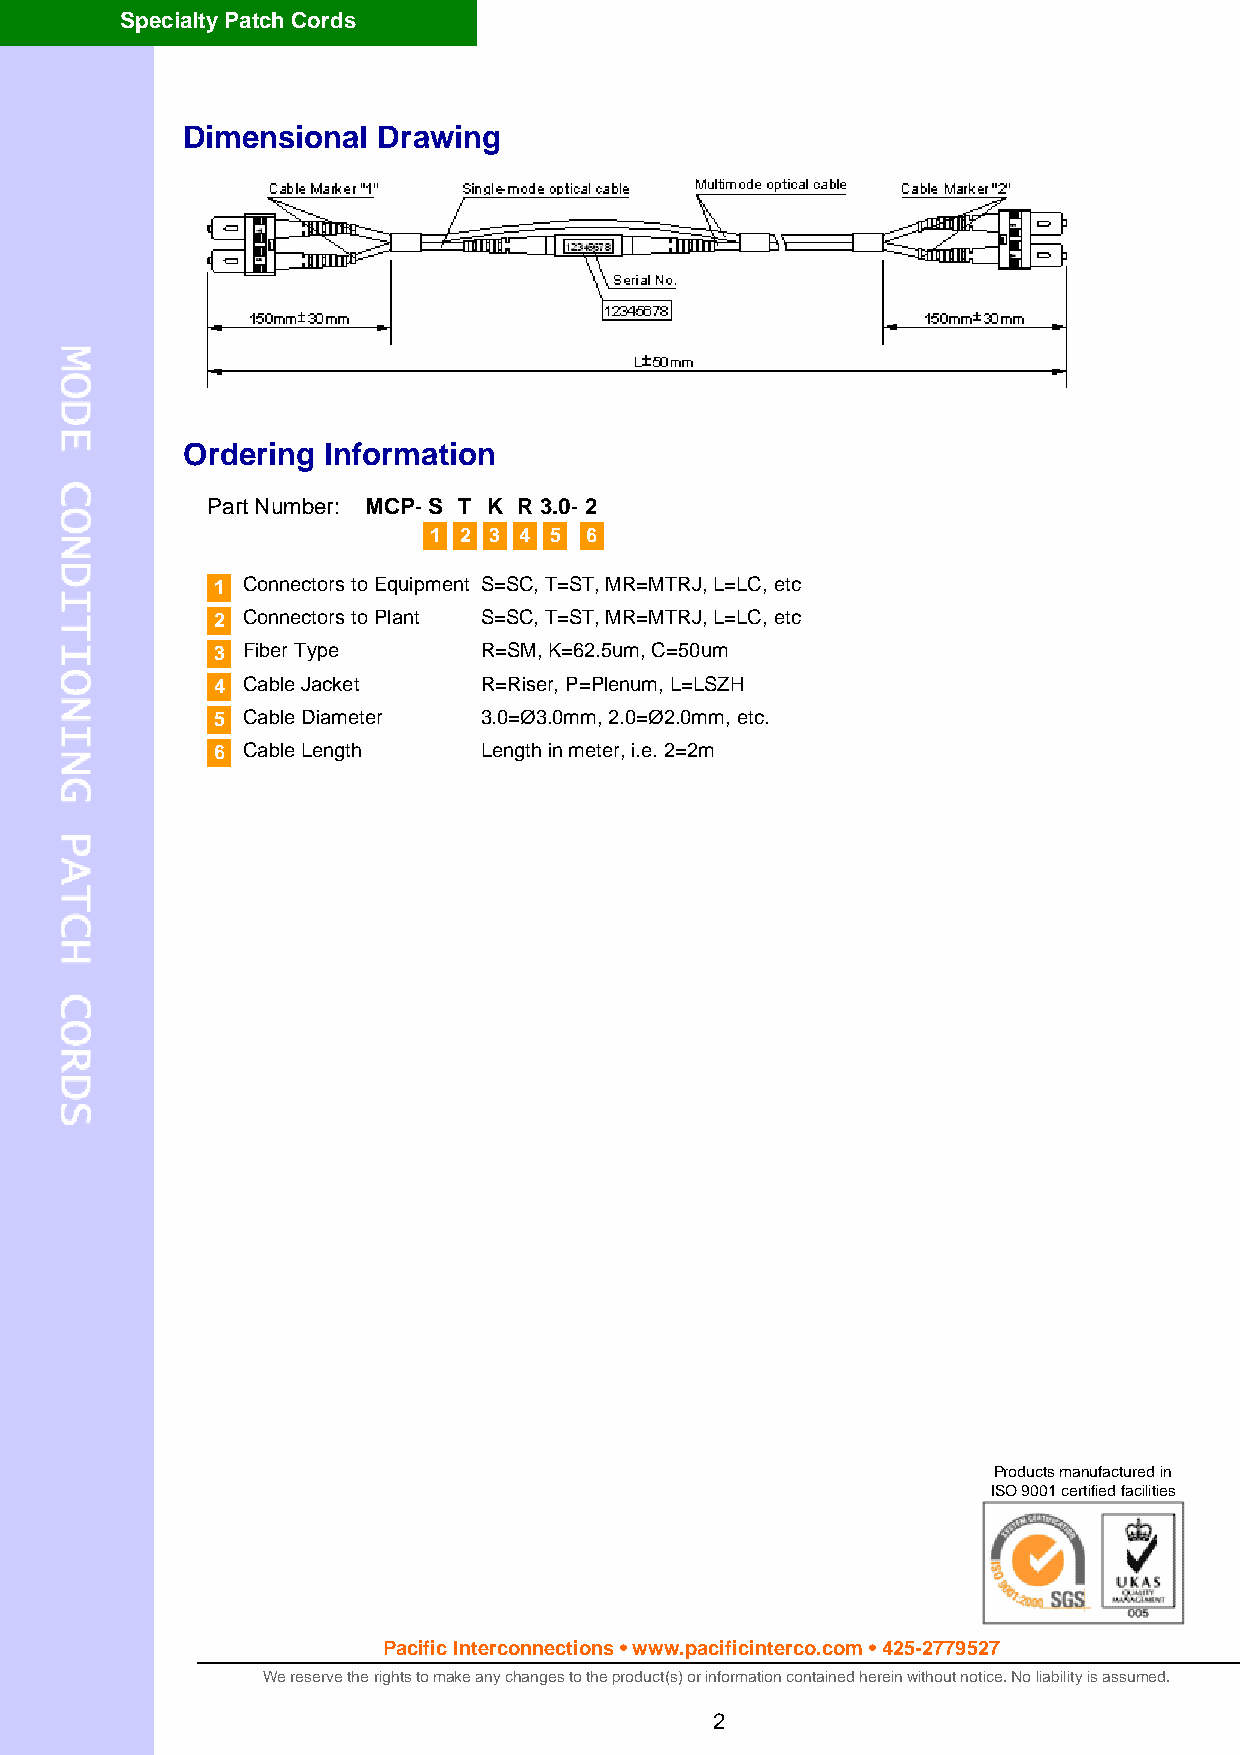
Specialty Patch Cords
 Dimensional  Drawing
 Ordering Information
 Part Number: MCP- S T K R 3.0- 2
 1 2 3 4 5  6
 1 Connectors to Equipment S=SC, T=ST, MR=MTRJ, L=LC, etc
 2 Connectors to Plant S=SC, T=ST, MR=MTRJ, L=LC, etc
 3 Fiber Type      R=SM, K=62.5um, C=50um
 4 Cable Jacket    R=Riser, P=Plenum, L=LSZH
 5 Cable Diameter  3.0=Ø3.0mm, 2.0=Ø2.0mm, etc.
 6 Cable Length    Length in meter, i.e. 2=2m
 Products manufactured in
 ISO 9001 certified facilities
 Pacific Interconnections • www.pacificinterco.com • 425-2779527
 We reserve the rights to make any changes to the product(s) or information contained herein without notice. No liability is assumed.
 2